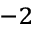
^ { - 2 }